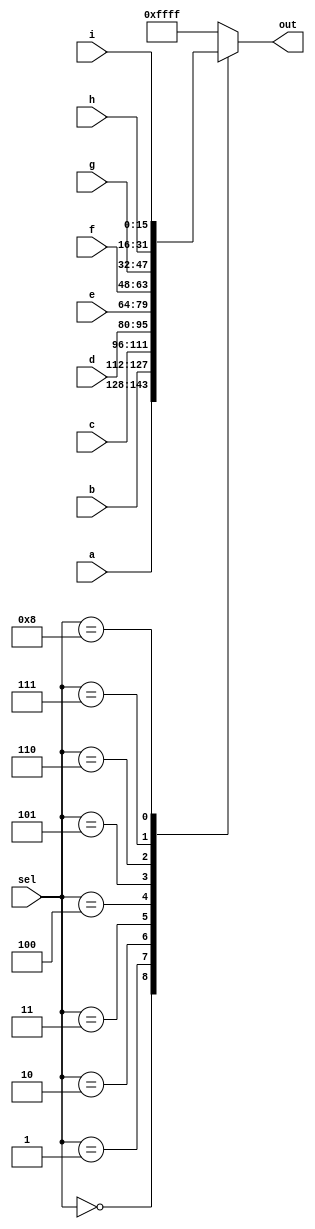
module top_module( 
    input [15:0] a, b, c, d, e, f, g, h, i,
    input [3:0] sel,
    output [15:0] out );
    always @ (*) begin
        case(sel)
            4'd0 : out = a;
            4'd1 : out = b;
            4'd2 : out = c;
            4'd3 : out = d;
            4'd4 : out = e;
            4'd5 : out = f;
            4'd6 : out = g;
            4'd7 : out = h;
            4'd8 : out = i;
            default out = {16{1'b1}};
        endcase
    end
endmodule